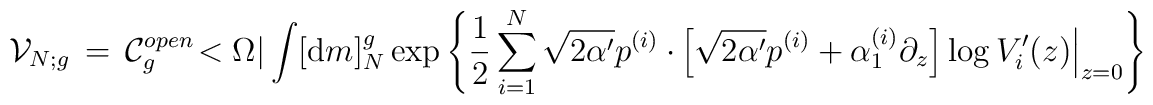
{\cal V}_{N;g}\, =\, {\cal C}_{g}^{open}\! < \Omega| \int [ {\mbox d} m]^{g}_{N}\exp \left\{\frac{1}{2} \sum_{i=1}^{N} \sqrt{2 \alpha'} p^{(i)} \cdot\left.\! \left[ \sqrt{2 \alpha'} p^{(i)} + {\alpha}_{1}^{(i)} \partial_{z} \right] \log V'_{i}(z)\right|_{z=0} \right\}